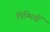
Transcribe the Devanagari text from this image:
पिग्मियों